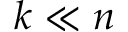
k \ll n